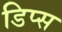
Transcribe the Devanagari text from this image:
डिप्स